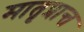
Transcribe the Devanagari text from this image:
मातृप्रान्त